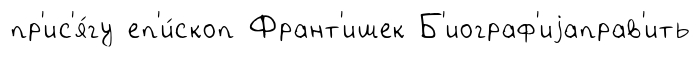
пр'ис'я́гу еп'и́скоп Франт'ишек Б'иограф'иjаправ'ить